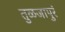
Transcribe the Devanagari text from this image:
तुळजापुरं